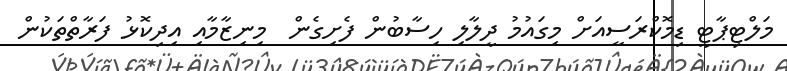
މަލްޓިޕާޓީ ޑިމޮކްރަސީއަށް މިގައުމު ދީލާލި ހިސާބުން ފެށިގެން  މިނިޒާމާއި އިދިކޮޅު ފަރާތްތަކުން